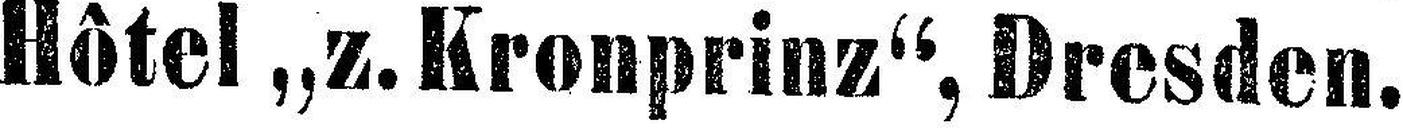
Hôtel „z. Kronprinz“, Dresden.